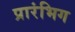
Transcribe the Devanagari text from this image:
प्रारंभिग